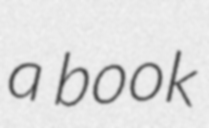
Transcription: a book